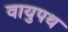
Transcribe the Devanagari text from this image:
वायुपथ